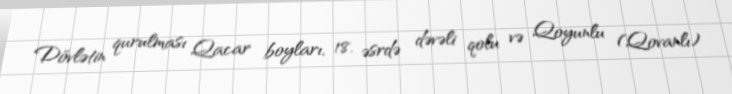
Dövlətin qurulması Qacar boyları, 18. əsrdə dəvəli qolu və Qoyunlu (Qovanlı)